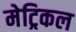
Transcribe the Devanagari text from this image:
मेट्रिकल